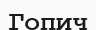
Гопич